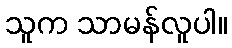
သူက သာမန်လူပါ။